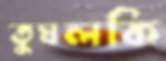
তুঘলকি